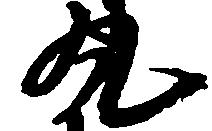
丸